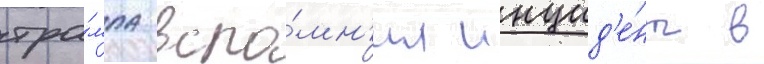
тра́мпа вспо́мн'ил инцид'е́нт в